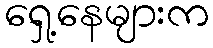
ရှေ့နေများက